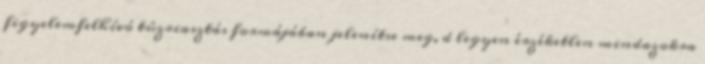
figyelemfelhívó tûzriasztás formájában jelenítse meg, d legyen érzéketlen mindazokra